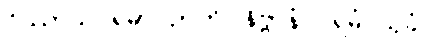
ဝိဿာသပရမာ ဉာတိ၊ နိဗ္ဗာနံ ပရမံ သုခံ။